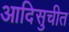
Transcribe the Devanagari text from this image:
आदिसुचीत